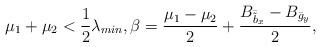
LaTeX: \begin{align*}\mu_1+\mu_2<\frac{1}{2}\lambda_{min},\beta=\frac{\mu_1-\mu_2}{2}+\frac{B_{\bar{\tilde{b}}_x}-B_{\bar{g}_y}}{2},\end{align*}